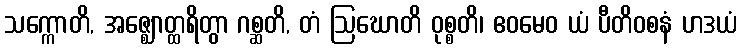
သက္ကောတိ, အဇ္ဈောတ္ထရိတွာ ဂစ္ဆတိ, တံ ဩဃောတိ ဝုစ္စတိ၊ ဧဝမေဝ ယံ ပီတိဝစနံ ဟဒယံ